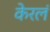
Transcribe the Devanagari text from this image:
केरलं